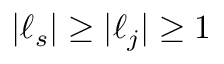
| { \boldsymbol { \ell } } _ { s } | \geq | { \boldsymbol { \ell } } _ { j } | \geq 1